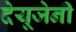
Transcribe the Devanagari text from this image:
देयूजेनी